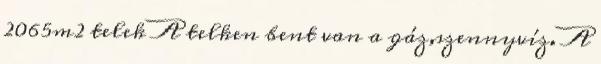
2065m2 telek A telken bent van a gáz,szennyvíz. A